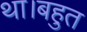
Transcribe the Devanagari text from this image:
था।बहुत